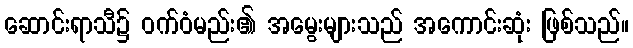
ဆောင်းရာသီ၌ ဝက်ဝံမည်း၏ အမွေးများသည် အကောင်းဆုံး ဖြစ်သည်။